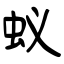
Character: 蚁